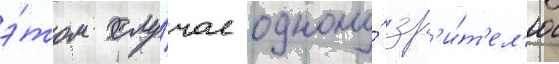
э́том слу́чае одному́ зр'и́т'ел'ю